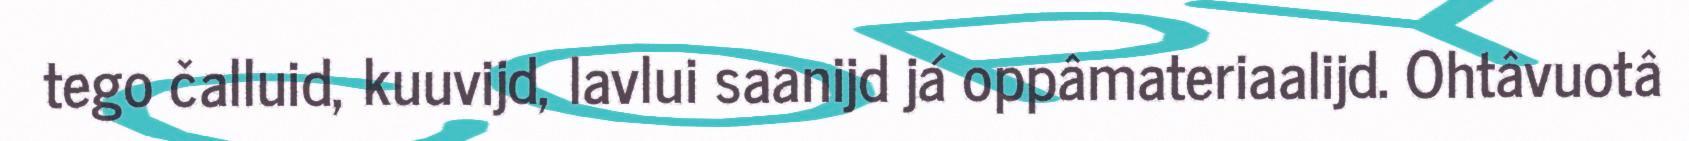
tego čalluid, kuuvijd, lavlui saanijd já oppâmateriaalijd. Ohtâvuotâ